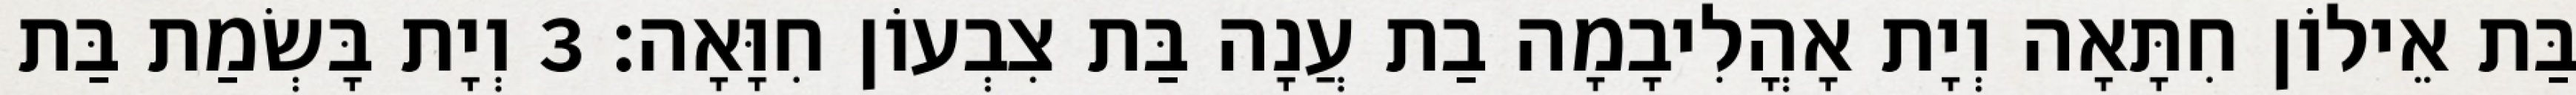
בַּת אֵילוֹן חִתָּאָה וְיָת אָהֳלִיבָמָה בַת עֲנָה בַּת צִבְעוֹן חִוָּאָה׃ 3 וְיָת בָּשְׂמַת בַּת